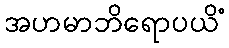
အဟမာဘိရောပယိံ